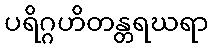
ပရိဂ္ဂဟိတန္တရဃရာ